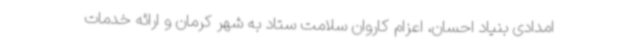
امدادی بنیاد احسان، اعزام کاروان سلامت ستاد به شهر کرمان و ارائه خدمات